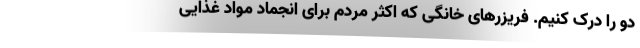
دو را درک کنیم. فریزرهای خانگی که اکثر مردم برای انجماد مواد غذایی